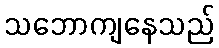
သဘောကျနေသည်